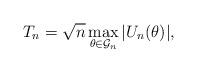
LaTeX: \begin{align*}T_n=\sqrt{n}\max_{\theta\in\mathcal{G}_n}|U_n(\theta)|,\end{align*}